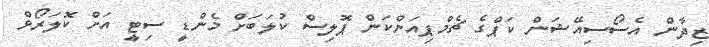
ޒިދާން އެސޯސިއޭޝަން ކަޕްގެ ޗެމްޕިއަންކަން ޕޮލިސް ކުލަބަށް މެންޑީ ސިޓީ އަށް ކޮލަރޯވް